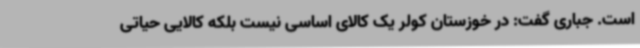
است. جباری گفت: در خوزستان کولر یک کالای اساسی نیست بلکه کالایی حیاتی